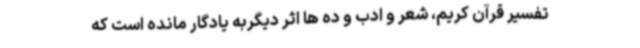
تفسیر قرآن کریم، شعر و ادب و ده ها اثر دیگربه یادگار مانده است که